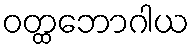
ဝတ္ထဘောဂါယ